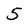
Character: 5